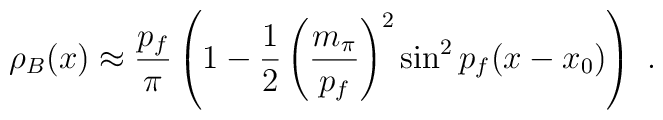
\rho_B(x) \approx \frac{p_f}{\pi} \left( 1-\frac{1}{2} \left( \frac{m_{\pi}}{p_f}\right)^2 \sin^2p_f(x-x_0)\right) \ .